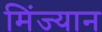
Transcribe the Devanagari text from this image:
मिंज्यान